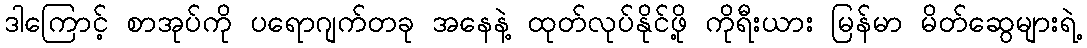
ဒါကြောင့် စာအုပ်ကို ပရောဂျက်တခု အနေနဲ့ ထုတ်လုပ်နိုင်ဖို့ ကိုရီးယား မြန်မာ မိတ်ဆွေများရဲ့